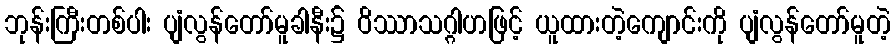
ဘုန်းကြီးတစ်ပါး ပျံလွန်တော်မူခါနီး၌ ဝိဿာသဂ္ဂါဟဖြင့် ယူထားတဲ့ကျောင်းကို ပျံလွန်တော်မူတဲ့